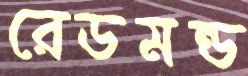
রেডমন্ড